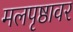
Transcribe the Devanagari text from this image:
मलपृष्ठावर